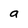
Character: a